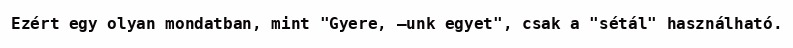
Ezért egy olyan mondatban, mint "Gyere, —unk egyet", csak a "sétál" használható.